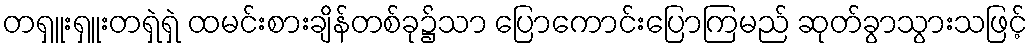
တရှူးရှူးတရှဲရှဲ ထမင်းစားချိန်တစ်ခု၌သာ ပြောကောင်းပြောကြမည် ဆုတ်ခွာသွားသဖြင့်